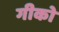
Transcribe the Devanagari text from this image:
गीको